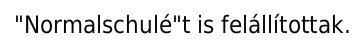
"Normalschulé"t is felállítottak.